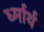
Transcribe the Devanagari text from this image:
र्ध्मार्थ